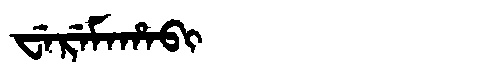
Manchu: ᠸᡝᡵᡝᠮᠠᡥᠠᠪᡳ
Romanization: WEREMAHABI